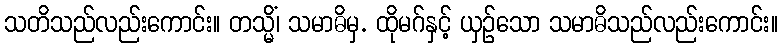
သတိသည်လည်းကောင်း။ တသ္မိံ၊ သမာဓိမှ. ထိုမဂ်နှင့် ယှဉ်သော သမာဓိသည်လည်းကောင်း။